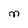
Character: M